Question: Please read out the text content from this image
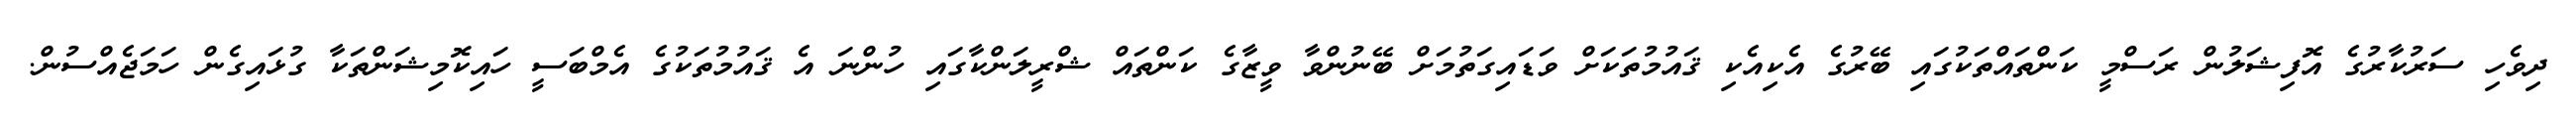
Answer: ދިވެހި ސަރުކާރުގެ އޮފިޝަލުން ރަސްމީ ކަންތައްތަކުގައި ބޭރުގެ އެކިއެކި ޤައުމުތަކަށް ވަޑައިގަތުމަށް ބޭނުންވާ ވީޒާގެ ކަންތައް ޝްރީލަންކާގައި ހުންނަ އެ ޤައުމުތަކުގެ އެމްބަސީ ހައިކޮމިޝަންތަކާ ގުޅައިގެން ހަމަޖެއްސުން.